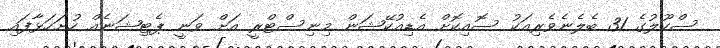
ސްކޫލުގެ 31 ބެލެނެވެރިއަކު ސޮއިކޮށް އެޑިއުކޭޝަން މިނިސްޓްރީ އަށް ވަނީ ޕެޓިޝަނެއް ހުށަހަޅާފައި